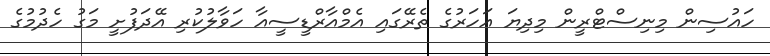
ހައުސިން މިނިސްޓްރީން މިދިޔަ އަހަރުގެ ތެރޭގައި އެމްއާރްޑީސީއާ ހަވާލުކުރި އޭދަފުށީ މަގު ހެދުމުގެ